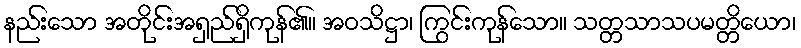
နည်းသော အတိုင်းအရှည်ရှိကုန်၏။ အဝသိဋ္ဌာ၊ ကြွင်းကုန်သော။ သတ္တသာသပမတ္တိယော၊